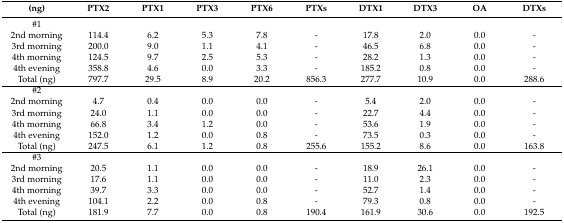
<table><thead><tr><td><b>(ng)</b></td><td><b>PTX2</b></td><td><b>PTX1</b></td><td><b>PTX3</b></td><td><b>PTX6</b></td><td><b>PTXs</b></td><td><b>DTX1</b></td><td><b>DTX3</b></td><td><b>OA</b></td><td><b>DTXs</b></td></tr></thead><tbody><tr><td>#1</td><td colspan="9"></td></tr><tr><td>2nd morning</td><td>114.4</td><td>6.2</td><td>5.3</td><td>7.8</td><td>-</td><td>17.8</td><td>2.0</td><td>0.0</td><td>-</td></tr><tr><td>3rd morning</td><td>200.0</td><td>9.0</td><td>1.1</td><td>4.1</td><td>-</td><td>46.5</td><td>6.8</td><td>0.0</td><td>-</td></tr><tr><td>4th morning</td><td>124.5</td><td>9.7</td><td>2.5</td><td>5.3</td><td>-</td><td>28.2</td><td>1.3</td><td>0.0</td><td>-</td></tr><tr><td>4th evening</td><td>358.8</td><td>4.6</td><td>0.0</td><td>3.3</td><td>-</td><td>185.2</td><td>0.8</td><td>0.0</td><td>-</td></tr><tr><td>Total (ng)</td><td>797.7</td><td>29.5</td><td>8.9</td><td>20.2</td><td>856.3</td><td>277.7</td><td>10.9</td><td>0.0</td><td>288.6</td></tr><tr><td>#2</td><td colspan="9"></td></tr><tr><td>2nd morning</td><td>4.7</td><td>0.4</td><td>0.0</td><td>0.0</td><td>-</td><td>5.4</td><td>2.0</td><td>0.0</td><td>-</td></tr><tr><td>3rd morning</td><td>24.0</td><td>1.1</td><td>0.0</td><td>0.0</td><td>-</td><td>22.7</td><td>4.4</td><td>0.0</td><td>-</td></tr><tr><td>4th morning</td><td>66.8</td><td>3.4</td><td>1.2</td><td>0.0</td><td>-</td><td>53.6</td><td>1.9</td><td>0.0</td><td>-</td></tr><tr><td>4th evening</td><td>152.0</td><td>1.2</td><td>0.0</td><td>0.8</td><td>-</td><td>73.5</td><td>0.3</td><td>0.0</td><td>-</td></tr><tr><td>Total (ng)</td><td>247.5</td><td>6.1</td><td>1.2</td><td>0.8</td><td>255.6</td><td>155.2</td><td>8.6</td><td>0.0</td><td>163.8</td></tr><tr><td>#3</td><td colspan="9"></td></tr><tr><td>2nd morning</td><td>20.5</td><td>1.1</td><td>0.0</td><td>0.0</td><td>-</td><td>18.9</td><td>26.1</td><td>0.0</td><td>-</td></tr><tr><td>3rd morning</td><td>17.6</td><td>1.1</td><td>0.0</td><td>0.0</td><td>-</td><td>11.0</td><td>2.3</td><td>0.0</td><td>-</td></tr><tr><td>4th morning</td><td>39.7</td><td>3.3</td><td>0.0</td><td>0.0</td><td>-</td><td>52.7</td><td>1.4</td><td>0.0</td><td>-</td></tr><tr><td>4th evening</td><td>104.1</td><td>2.2</td><td>0.0</td><td>0.8</td><td>-</td><td>79.3</td><td>0.8</td><td>0.0</td><td>-</td></tr><tr><td>Total (ng)</td><td>181.9</td><td>7.7</td><td>0.0</td><td>0.8</td><td>190.4</td><td>161.9</td><td>30.6</td><td>0.0</td><td>192.5</td></tr></tbody></table>